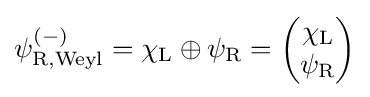
\psi _{{\rm {R}},{\text{Weyl}}}^{(-)}=\chi _{\rm {L}}\oplus \psi _{\rm {R}}={\begin{pmatrix}\chi _{\rm {L}}\\\psi _{\rm {R}}\end{pmatrix}}